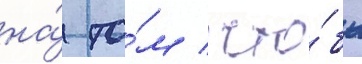
на́ то́м / что́бы